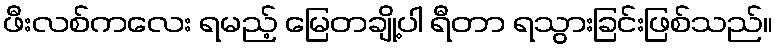
ဖီးလစ်ကလေး ရမည့် မြေတချို့ပါ ရီတာ ရသွားခြင်းဖြစ်သည်။